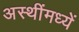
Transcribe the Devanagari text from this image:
अस्थींमध्यें